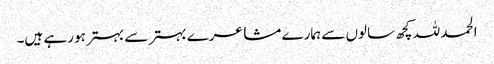
الحمد للہ کچھ سالوں سے ہمارے مشاعرے بہتر سے بہتر ہو رہے ہیں۔